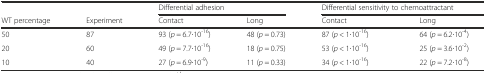
|  |  | <COLSPAN=2> Differential adhesion | <COLSPAN=2> Differential sensitivity to chemoattractant |
 | WT percentage | Experiment | Contact | Long | Contact | Long |
 | --- | --- | --- | --- | --- | --- |
 | 50 | 87 | 93 (p = 6.7∙10-16) | 48 (p = 0.73) | 87 (p < 1∙10-16) | 64 (p = 6.2∙10-4) |
 | 20 | 60 | 49 (p = 7.7∙10-16) | 18 (p = 0.75) | 53 (p < 1∙10-16) | 25 (p = 3.6∙10-2) |
 | 10 | 40 | 27 (p = 6.9∙10-9) | 11 (p = 0.33) | 34 (p < 1∙10-16) | 22 (p = 7.2∙10-8) |